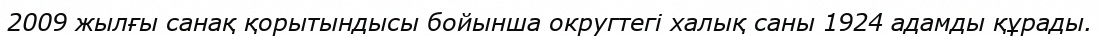
2009 жылғы санақ қорытындысы бойынша округтегі халық саны 1924 адамды құрады.